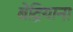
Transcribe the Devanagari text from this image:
बेद्रियाना